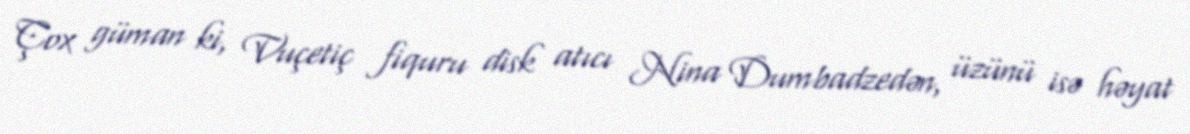
Çox güman ki, Vuçetiç fiquru disk atıcı Nina Dumbadzedən, üzünü isə həyat